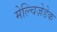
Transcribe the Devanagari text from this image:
मेल्चिज़ेडेक